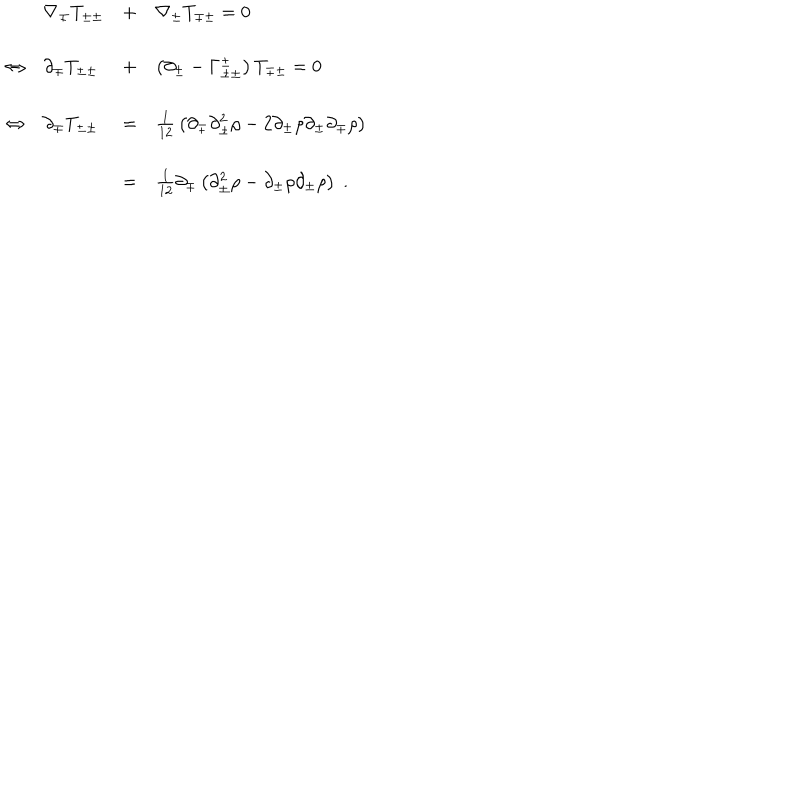
\begin{array} { l l l l } { { \ } } & { { \nabla _ { \mp } T _ { \pm \pm } } } & { { + } } & { { \nabla _ { \pm } T _ { \mp \pm } = 0 } } \\ { { \Leftrightarrow } } & { { \partial _ { \mp } T _ { \pm \pm } } } & { { + } } & { { \left( \partial _ { \pm } - \Gamma _ { \pm \pm } ^ { \pm } \right) T _ { \mp \pm } = 0 } } \\ { { \Leftrightarrow } } & { { \partial _ { \mp } T _ { \pm \pm } } } & { { = } } & { { { \frac { 1 } { 1 2 } } \left( \partial _ { \mp } \partial _ { \pm } ^ { 2 } \rho - 2 \partial _ { \pm } \rho \partial _ { \pm } \partial _ { \mp } \rho \right) } } \\ { { \ } } & { { \ } } & { { = } } & { { { \frac { 1 } { 1 2 } } \partial _ { \mp } \left( \partial _ { \pm } ^ { 2 } \rho - \partial _ { \pm } \rho \partial _ { \pm } \rho \right) \; . } } \\ \end{array}